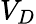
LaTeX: V_{D}